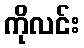
ကိုလင်း